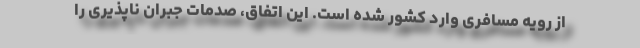
از رویه مسافری وارد کشور شده است. این اتفاق، صدمات جبران ناپذیری را